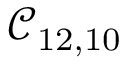
\mathcal { C } _ { 1 2 , 1 0 }